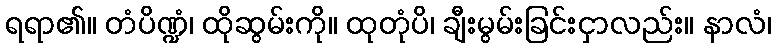
ရရာ၏။ တံပိဏ္ဍံ၊ ထိုဆွမ်းကို။ ထုတုံပိ၊ ချီးမွမ်းခြင်းငှာလည်း။ နာလံ၊